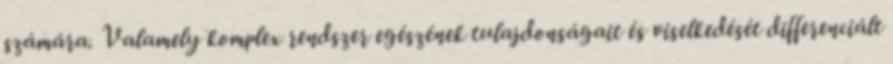
számára. Valamely komplex rendszer egészének tulajdonságait és viselkedését differenciált